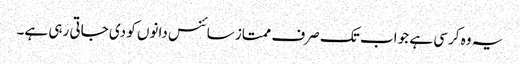
یہ وہ کرسی ہے جو اب تک صرف ممتاز سائنس دانوں کو دی جاتی رہی ہے۔